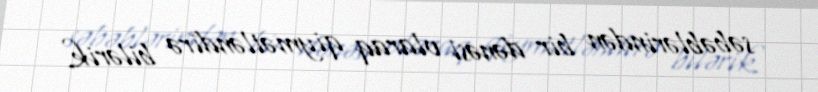
səbəblərindən bir dənəsi olaraq qiymətləndirə bilərik.